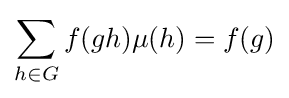
\sum _{h\in G}f(gh)\mu (h)=f(g)